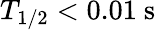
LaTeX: T_{1/2}<0.01~\mathrm{s}